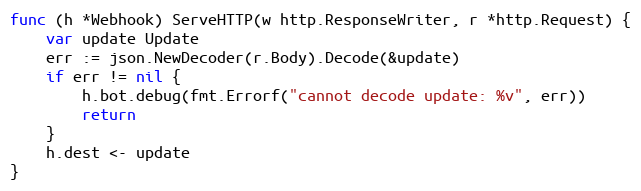
Language: Go
func (h *Webhook) ServeHTTP(w http.ResponseWriter, r *http.Request) {
	var update Update
	err := json.NewDecoder(r.Body).Decode(&update)
	if err != nil {
		h.bot.debug(fmt.Errorf("cannot decode update: %v", err))
		return
	}
	h.dest <- update
}